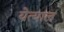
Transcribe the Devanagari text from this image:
येत्याल